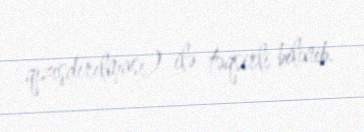
qızışdırılması) ilə təqsirli bilinib.